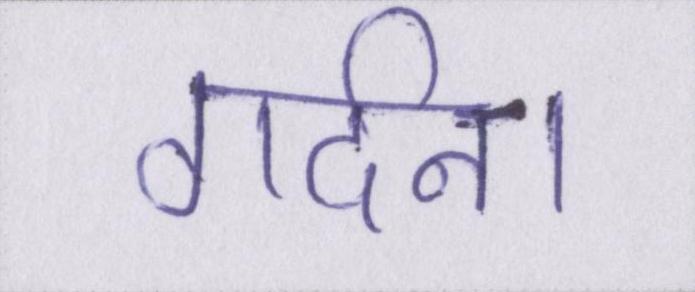
गर्दन।